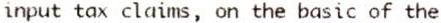
INPUT TAX CLAIMS, ON THE BASIC OF THE